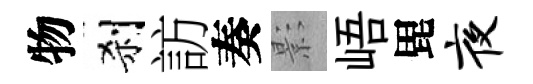
物刹訪奏影峿毘夜